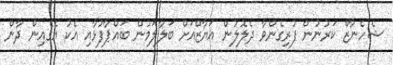
ޝެހެނާޒް ކަރުނުން ފުރިގެންވާ ދެލޮލުން އަޔާޒްއަށް ބަލާލަމުން ބައްޕާފުޅާއި އެކު އެގެއިން ދާން